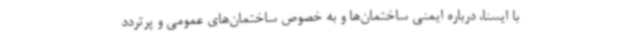
با ایسنا، درباره ایمنی ساختمان‌ها و به خصوص ساختمان‌های عمومی و پرتردد